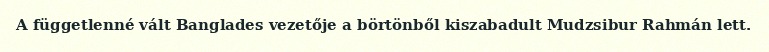
A függetlenné vált Banglades vezetője a börtönből kiszabadult Mudzsibur Rahmán lett.